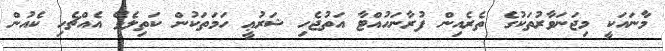
މާނައަކީ މިޖަނަވާރުތަކުގެ ތެރެއިން ފުރާނަހުއްޓާ އަތުޖެހި ޝަރުޢީ ހަމަތަކުން ކަތިލެވޭ އެއްޗެހި ކެއުން